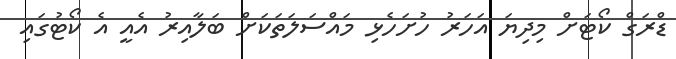
ޑްރަގް ކޯޓަށް މިދިޔަ އަހަރު ހުށަހެޅި މައްސަލަތަކަށް ބަލާއިރު އެއީ އެ ކޯޓުގައި